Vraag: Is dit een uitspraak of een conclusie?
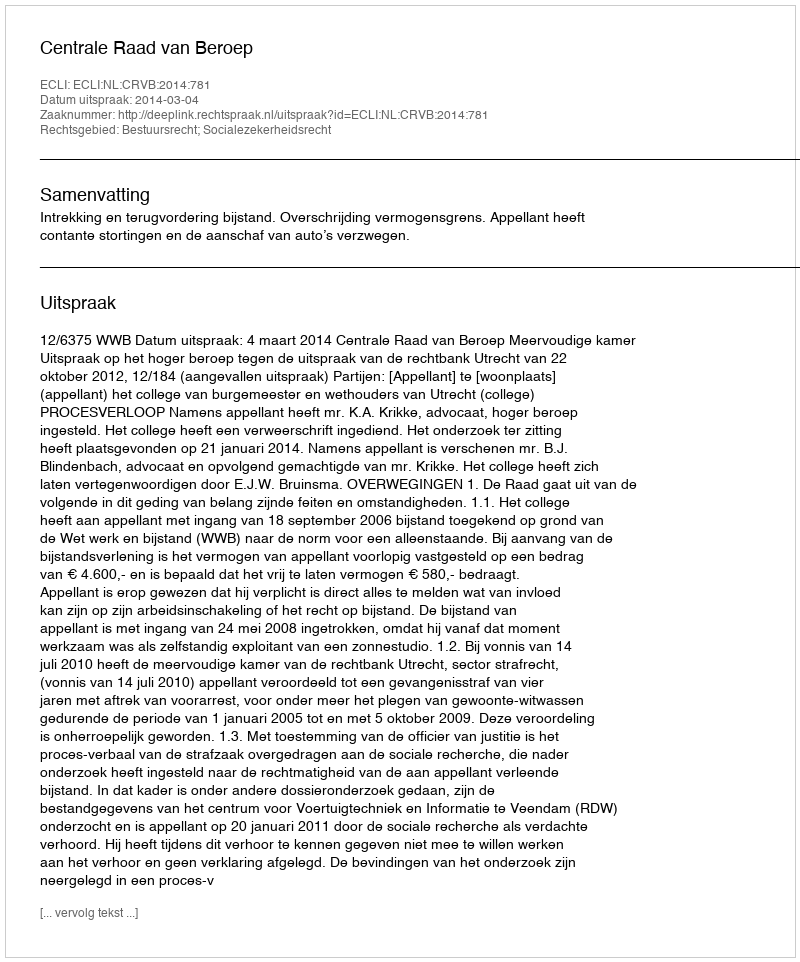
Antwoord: Uitspraak